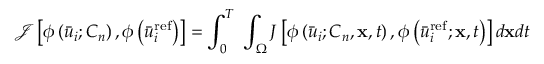
\mathcal { J } \left[ { \phi \left( { { { \bar { u } } _ { i } { ; { C _ { n } } } } } \right) , \phi \left( { \bar { u } _ { i } ^ { \mathrm { { r e f } } } } \right) } \right] = \int _ { 0 } ^ { T } \; { \int _ { \Omega } { J \left[ { \phi \left( { { { \bar { u } } _ { i } } ; { C _ { n } } , { \bf { x } } , t } \right) , \phi \left( { \bar { u } _ { i } ^ { \mathrm { r e f } } ; { \bf { x } } , t } \right) } \right] d { \bf { x } } d t } }